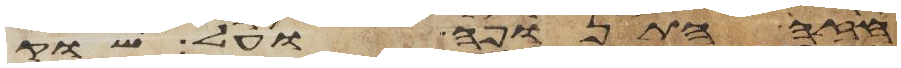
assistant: חזה התנופה ועל שוק